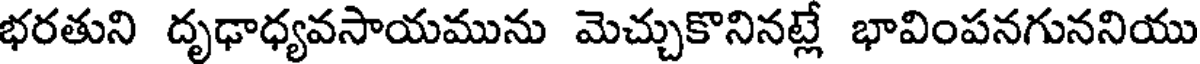
భరతుని దృఢాధ్యవసాయమును మెచ్చుకొనినట్లే భావింపనగుననియు